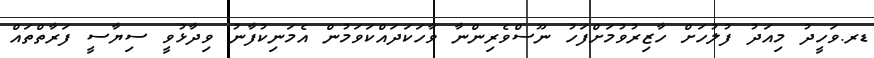
ޑރ.ވަހީދު މިއަދު ފުލުހަށް ހާޒިރުވުމަށްފަހު ނޫސްވެރިންނާ ވާހަކަދައްކަވަމުން އެމަނިކުފާނު ވިދާޅުވީ ސިޔާސީ ފަރާތްތައް